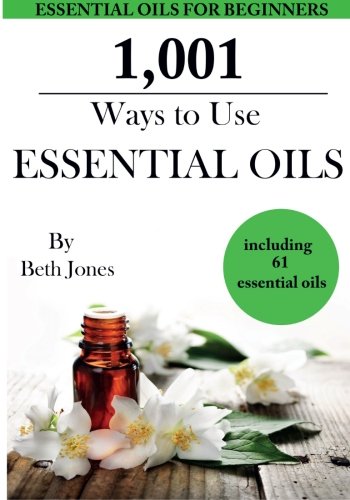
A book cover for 1,001 Ways to Use Essential Oils - including 61 Essential Oils; Beth Jones; Health, Fitness & Dieting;